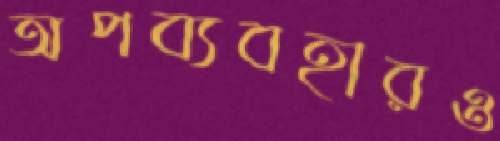
অপব্যবহারও